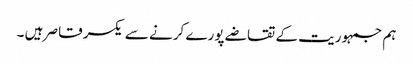
ہم جمہوریت کے تقاضے پورے کرنے سے یکسر قاصر ہیں ۔